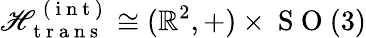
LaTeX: \mathscr{H}_{\mathrm{{~t~r~a~n~s~}}}^{\mathrm{{~(~i~n~t~)~}}}\cong(\mathbb{{R}}^{2},+)\times\mathrm{{~S~O~}}(3)